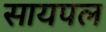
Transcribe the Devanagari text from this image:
सायपल